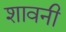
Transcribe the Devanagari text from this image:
शावनी